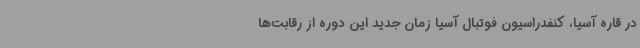
در قاره آسیا، کنفدراسیون فوتبال آسیا زمان جدید این دوره از رقابت‌ها